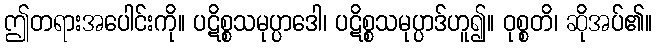
ဤတရားအပေါင်းကို။ ပဋိစ္စသမုပ္ပာဒေါ၊ ပဋိစ္စသမုပ္ပာဒ်ဟူ၍။ ဝုစ္စတိ၊ ဆိုအပ်၏။